Report on the working of the Ranchi Indian Mental Hospital, Kanke, in Bihar and Orissa - 1930-1940
Year: 1930
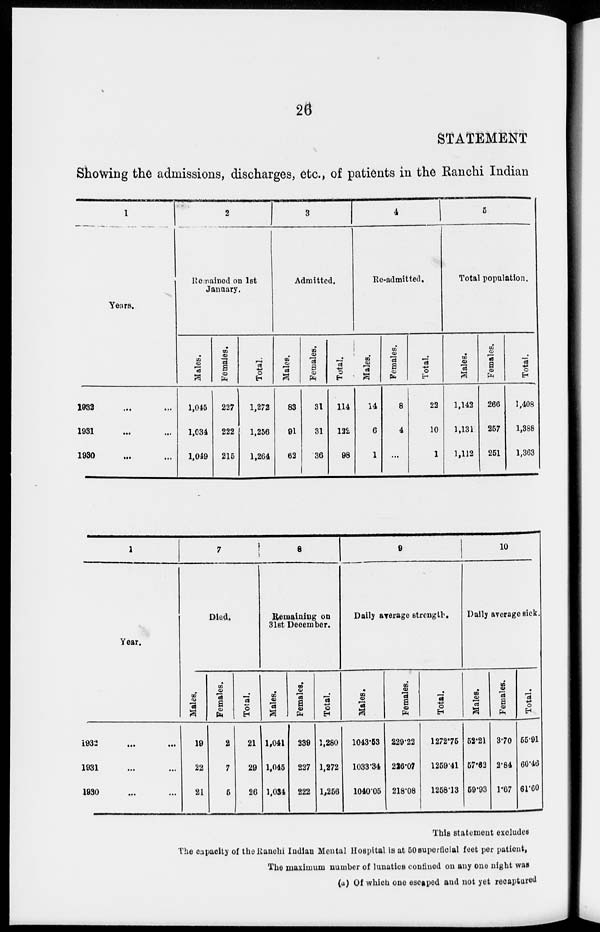
26
STATEMENT
Showing the admissions, discharges, etc., of patients in the Ranchi Indian
1
Years.
1932 ... ...
1931 ... ...
1930 ... ...
2
Remained on 1st
January.
Males.
1,045
1,034
1,049
Females.
227
222
215
Total.
1,272
1,256
1,264
3
Admitted.
Males.
83
91
62
Females.
31
31
36
Total.
114
122
98
4
Re-admitted.
Males.
14
6
1
Females.
8
4
...
Total.
22
10
1
5
Total population.
Males.
1,142
1,131
1,112
Females.
266
257
251
Total.
1,408
1,388
1,363
1
Year.
1932 ... ...
1931 ... ...
1930 ... ...
7
Died.
Males.
19
22
21
Females.
2
7
5
Total.
21
29
26
8
Remaining on
31st December.
Males.
1,041
1,045
1,034
Females.
239
227
222
Total.
1,280
1,272
1,256
9
Daily average strength.
Males.
1043.53
1033.34
1040.05
Females.
229.22
226.07
218.08
Total.
1272.75
1259.41
1258.13
10
Daily average sick.
Males.
52.21
57.62
59.93
Females.
3.70
2.84
1.67
Total.
55.91
60.46
61.60
This statement excludes
The capacity of the Ranchi Indian Mental Hospital is at 50 superficial feet per patient,
The maximum number of lunatics confined on any one night was
(a) Of which one escaped and not yet recaptured